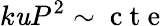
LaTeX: k\mathit{u}P^{2}\sim\mathrm{{~c~t~e~}}